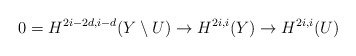
\begin{align*}0= H^{2i-2d,i-d}(Y\setminus U) \to H^{2i,i}(Y)\to H^{2i,i}(U)\end{align*}